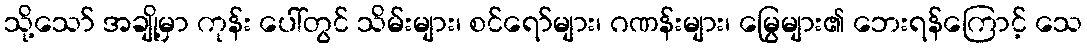
သို့သော် အချို့မှာ ကုန်း ပေါ်တွင် သိမ်းများ၊ စင်ရော်များ၊ ဂဏန်းများ၊ မြွေများ၏ ဘေးရန်ကြောင့် သေ